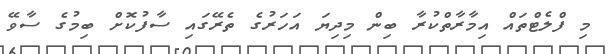
މި ފްލެޓްތައް އިމާރާތްކުރާ ބިން މިދިޔަ އަހަރުގެ ތެެރޭގައި ސާފުކޮށް ބިމުގެ ސާވޭ